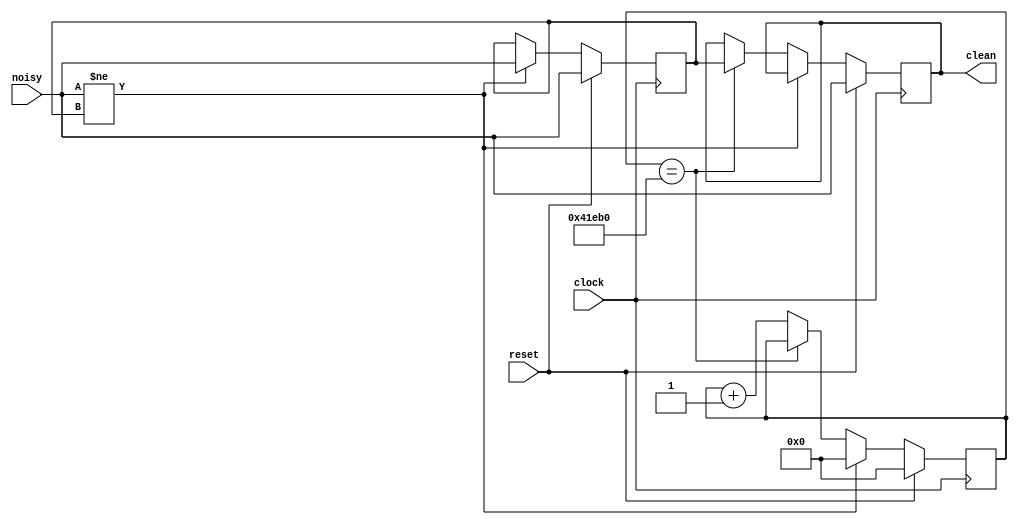
`timescale 1ns / 1ps
module debounce #(parameter DELAY=270000)   // .01 sec with a 27Mhz clock
	        (input reset, clock, noisy,
	         output reg clean);

   reg [18:0] count;
   reg new;

   always @(posedge clock)
     if (reset)
       begin
	  count <= 0;
	  new <= noisy;
	  clean <= noisy;
       end
     else if (noisy != new)
       begin
	  new <= noisy;
	  count <= 0;
       end
     else if (count == DELAY)
       clean <= new;
     else
       count <= count+1;
      
endmodule